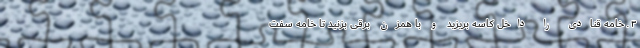
۳ ـ خامه قنادی را داخل کاسه بریزید و با همزن برقی بزنید تا خامه سفت